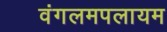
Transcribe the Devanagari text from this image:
वंगलमपलायम